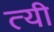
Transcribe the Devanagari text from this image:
त्यी